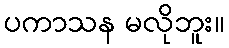
ပကာသန မလိုဘူး။